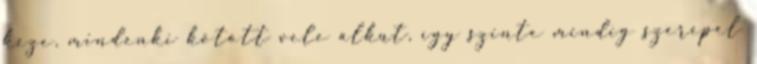
keze, mindenki kötött vele alkut, így szinte mindig szerepel